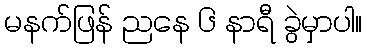
မနက်ဖြန် ညနေ ၆ နာရီ ခွဲမှာပါ။